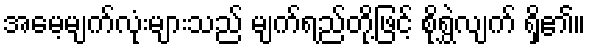
အမေ့မျက်လုံးများသည် မျက်ရည်တို့ဖြင့် စိုရွှဲလျက် ရှိ၏။